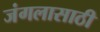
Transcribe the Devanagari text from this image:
जंगलासाठी